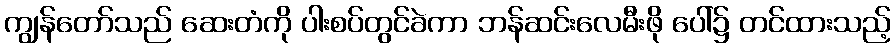
ကျွန်တော်သည် ဆေးတံကို ပါးစပ်တွင်ခဲကာ ဘန်ဆင်းလေမီးဖို ပေါ်၌ တင်ထားသည့်